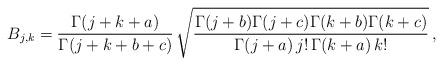
LaTeX: \begin{align*}B_{j,k}=\frac{\Gamma(j+k+a)}{\Gamma(j+k+b+c)}\,\sqrt{\frac{\Gamma(j+b)\Gamma(j+c)\Gamma(k+b)\Gamma(k+c)}{\Gamma(j+a)\, j!\,\Gamma(k+a)\, k!}}\,,\end{align*}